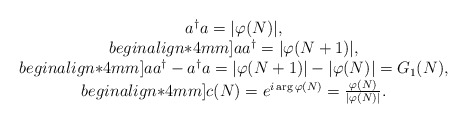
\begin{align*}\begin{array}{c}a^{\dagger} a = |\varphi (N)|,\\begin{align*}4mm]a a^{\dagger} = |\varphi (N+1)|,\\begin{align*}4mm]a a^{\dagger} - a^{\dagger} a = |\varphi (N+1)| - |\varphi (N)| =G_{1}(N),\\begin{align*}4mm]c(N) = e^{i \arg \varphi (N)} = \frac{\varphi (N)}{|\varphi (N)| }.\end{array}\end{align*}